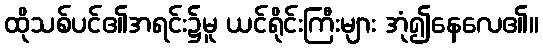
ထိုသစ်ပင်၏အရင်း၌မူ ယင်ရိုင်းကြီးများ အုံ၍နေလေ၏။